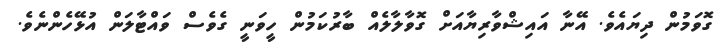
ގޮވަމުން ދިޔައެވެ. އޭނާ އައިޝްވާރިޔާއަށް ގޮވާލާލެއް ބާރުކަމުން ހީވަނީ ގެވެސް ވައްޓާލަން އުޅޭހެންނެވެ.